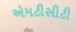
એમટીસીટી